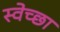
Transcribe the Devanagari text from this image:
स्‍वेच्‍छा